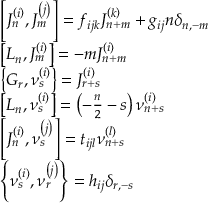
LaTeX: \begin{array} { l } { { \left[ J _ { n } ^ { \left( i \right) } , J _ { m } ^ { \left( j \right) } \right] = f _ { i j k } J _ { n + m } ^ { \left( k \right) } + g _ { i j } n \delta _ { n , - m } } } \\ { { \left[ L _ { n } , J _ { m } ^ { \left( i \right) } \right] = - m J _ { n + m } ^ { \left( i \right) } } } \\ { { \left\{ G _ { r } , \nu _ { s } ^ { \left( i \right) } \right\} = J _ { r + s } ^ { \left( i \right) } } } \\ { { \left[ L _ { n } , \nu _ { s } ^ { \left( i \right) } \right] = \left( - \frac n 2 - s \right) \nu _ { n + s } ^ { \left( i \right) } } } \\ { { \left[ J _ { n } ^ { \left( i \right) } , \nu _ { s } ^ { \left( j \right) } \right] = t _ { i j l } \nu _ { n + s } ^ { \left( l \right) } } } \\ { { \left\{ \nu _ { s } ^ { \left( i \right) } , \nu _ { r } ^ { \left( j \right) } \right\} = h _ { i j } \delta _ { r , - s } } } \end{array}